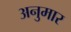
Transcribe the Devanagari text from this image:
अनुमार